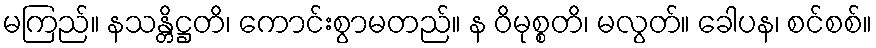
မကြည်။ နသန္တိဋ္ဌတိ၊ ကောင်းစွာမတည်။ န ဝိမုစ္စတိ၊ မလွတ်။ ခေါပန၊ စင်စစ်။